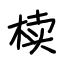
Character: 椟